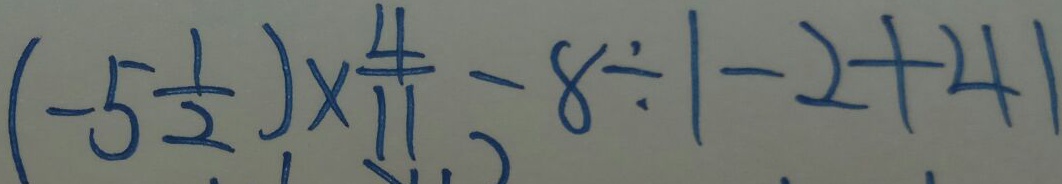
( - 5 \frac { 1 } { 2 } ) \times \frac { 4 } { 1 1 } - 8 \div \vert - 2 + 4 \vert